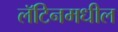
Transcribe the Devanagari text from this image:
लॅटिनमधील